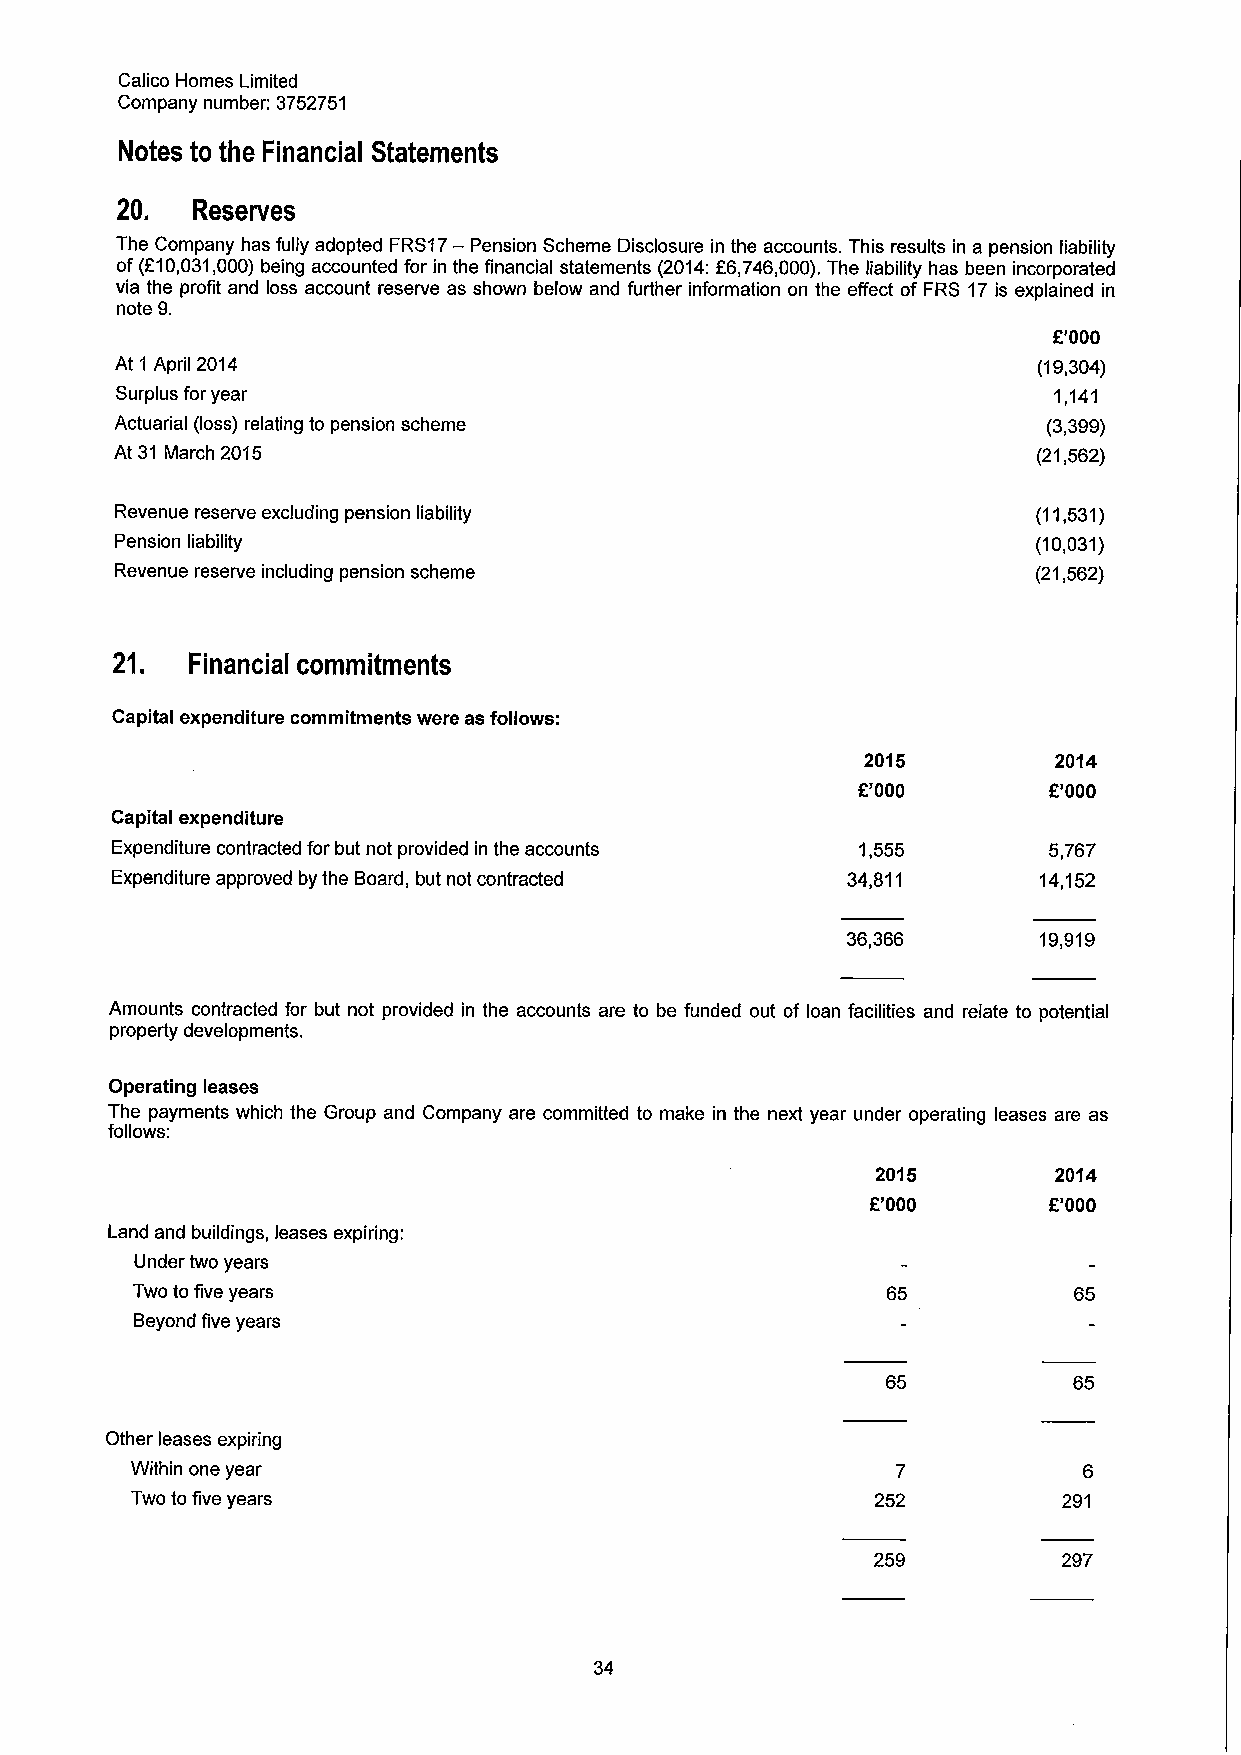
Calico Homes Limited
 Company number: 3752751
 Notes to the Financial Statements
 20.  Reserves
 The Company has fully adopted FRS17— Pension Scheme Disclosure in the accounts. This results in a pension liability
 of (f10,031,000) being accounted for in the financial statements (2014:f6,746,000).The liability has been incorporated
 via the profit and loss account reserve as shown below and further information on the effect of FRS 17is explained in
 note 9.
 E'000
 At 1 April 2014                                              (19,304)
 Surplus for year                                              1,141
 Actuarial (loss) relating to pension scheme                  (3,399)
 At 31 March 2015                                             (21,562)
 Revenue reserve excluding pension liability                  (11,531)
 Pension liability                                            (10,031)
 Revenue reserve including pension scheme                     (21,562)
 21.  Financial commitments
 Capital expenditure commitments were as follows:
 2015         2014
 f.'000      f.'000
 Capital expenditure
 Expenditure contracted for but not provided in the accounts 1,555 5,767
 Expenditure approved by the Board, but not contracted 34,811  14,152
 36,366       19,919
 Amounts contracted for but not provided in the accounts are to be funded out of loan facilities and relate to potential
 property developments.
 Operating leases
 The payments which the Group and Company are committed to make in the next year under operating leases are as
 follows:
 2015        2014
 f'000      f'000
 Land and buildings, leases expiring:
 Under two years
 Two to five years                                 65          65
 Beyond five years
 65          65
 Other leases expiring
 Within one year                                   7            6
 Two to five years                                252         291
 259         297
 34